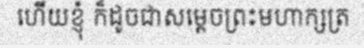
ហើយខ្ញុំ ក៏ដូចជាសម្តេចព្រះមហាក្សត្រ